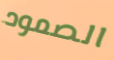
الصمود